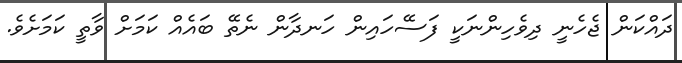
ދައްކަން ޖެހެނީ ދިވެހިންނަކީ ފަސޭހައިން ހަނދާން ނެތޭ ބައެއް ކަމަށް ވާތީ ކަމަށެވެ.